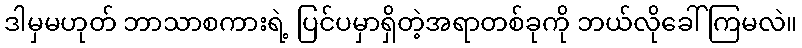
ဒါမှမဟုတ် ဘာသာစကားရဲ့ ပြင်ပမှာရှိတဲ့အရာတစ်ခုကို ဘယ်လိုခေါ်ကြမလဲ။